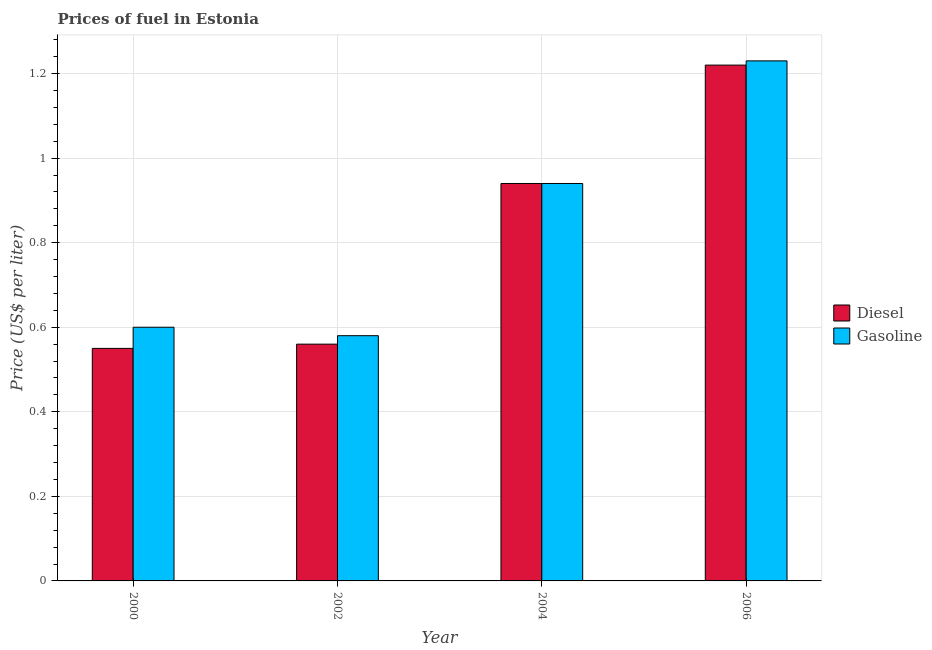
| Year | Diesel | Gasoline |
 | --- | --- | --- |
 | 2000 | 0.55 | 0.6 |
 | 2002 | 0.56 | 0.58 |
 | 2004 | 0.94 | 0.94 |
 | 2006 | 1.22 | 1.23 |